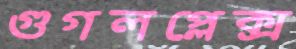
গুগলপ্লেক্স